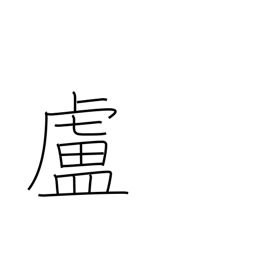
Meaning: hut